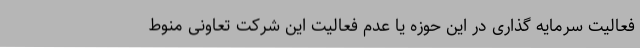
فعالیت سرمایه گذاری در این حوزه یا عدم فعالیت این شرکت تعاونی منوط